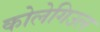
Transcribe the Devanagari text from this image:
कोलेगिउल